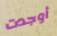
أوجدت